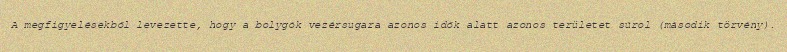
A megfigyelésekből levezette, hogy a bolygók vezérsugara azonos idők alatt azonos területet súrol (második törvény).